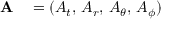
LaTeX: \begin{array} { r l } { \mathbf { A } } & { { } = ( A _ { t } , \, A _ { r } , \, A _ { \theta } , \, A _ { \phi } ) } \end{array}